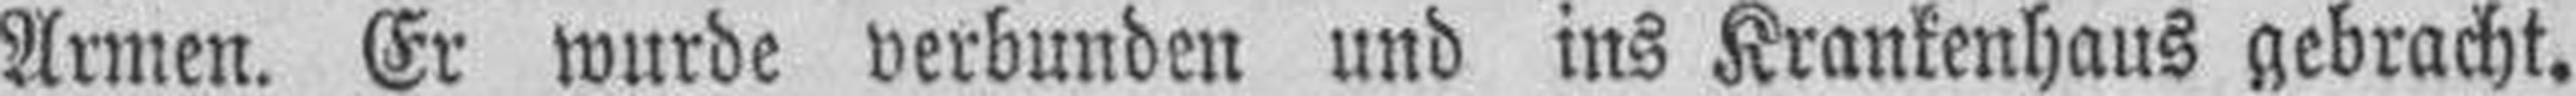
Armen. Er wurde verbunden und ins Krankenhaus gebracht.